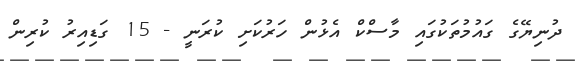
ދުނިޔޭގެ ގައުމުތަކުގައި މާސްކް އެޅުން ހަރުކަށި ކުރަނީ - 15 ގަޑިއިރު ކުރިން